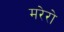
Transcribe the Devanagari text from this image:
मरेरो